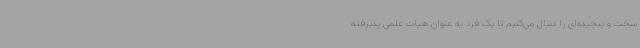
سخت و پیچیده‌ای را دنبال می‌کنیم تا یک فرد به عنوان هیات علمی پذیرفته